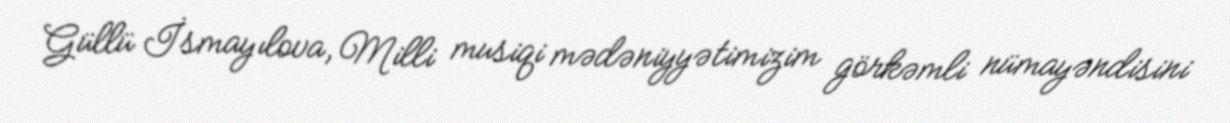
Güllü İsmayılova, Milli musiqi mədəniyyətimizim görkəmli nümayəndisini